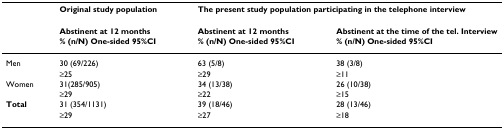
|  | Original study population | <COLSPAN=2> The present study population participating in the telephone interview |
 | --- | --- | --- | --- |
 |  | Abstinent at 12 months | Abstinent at 12 months | Abstinent at the time of the tel. Interview |
 |  | % (n/N) One-sided 95%CI | % (n/N) One-sided 95%CI | % (n/N) One-sided 95%CI |
 | Men | 30 (69/226) | 63 (5/8) | 38 (3/8) |
 |  | ≥25 | ≥29 | ≥11 |
 | Women | 31(285/905) | 34 (13/38) | 26 (10/38) |
 |  | ≥29 | ≥22 | ≥15 |
 | Total | 31 (354/1131) | 39 (18/46) | 28 (13/46) |
 |  | ≥29 | ≥27 | ≥18 |